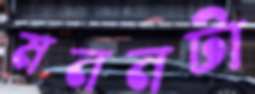
মননটা